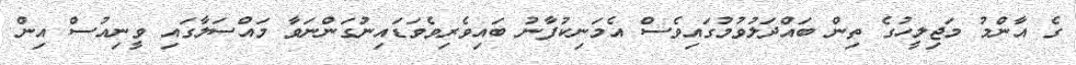
ގެ އާންމު މަޖިލީހުގެ ތިން ބައްދަލުވުމުގައިވެސް އެމަނިކުފާނު ބައިވެރިވެވަޑައިނުގަންނަވާ މައްސަލާގައި ވީނިއުސް އިން